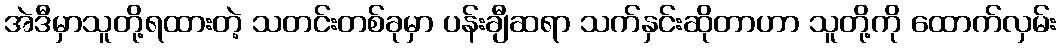
အဲဒီမှာသူတို့ရထားတဲ့ သတင်းတစ်ခုမှာ ပန်းချီဆရာ သက်နှင်းဆိုတာဟာ သူတို့ကို ထောက်လှမ်း